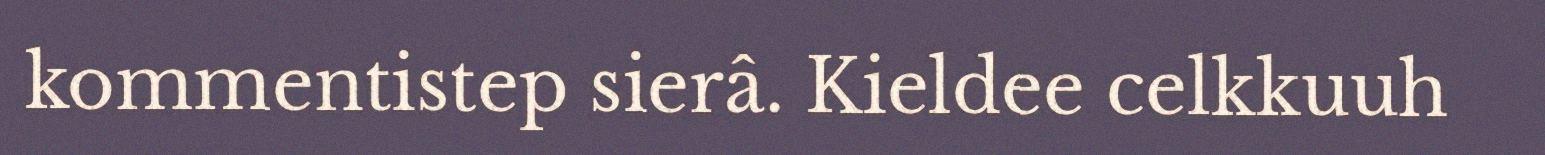
kommentistep sierâ. Kieldee celkkuuh